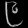
Digit: ၉